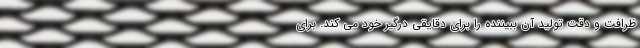
ظرافت و دقت تولید آن ببیننده را برای دقایقی درگیر خود می کند. برای